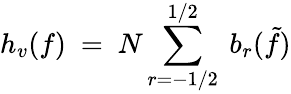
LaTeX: h_{v}(f)\ =\ N\sum_{r=-1/2}^{1/2}\ b_{r}(\tilde{f})